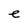
Character: e